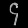
Digit: ၄